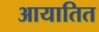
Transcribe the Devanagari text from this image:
आयातित